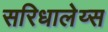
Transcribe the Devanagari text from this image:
सरिधालेय्स